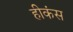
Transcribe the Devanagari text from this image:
हीकंस